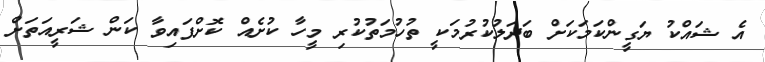
އެ ޝައްކު ޔަގީންކަމަކަށް ބަދަލުކުރުމަކީ ތުހުމަތުކުރި މީހާ ކުށެއް ކޮށްފައިވާ ކަން ޝަރީއަތަށް